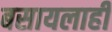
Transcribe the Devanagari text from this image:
बसायलाही